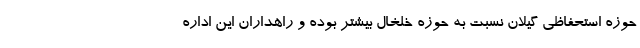
حوزه استحفاظی گیلان نسبت به حوزه خلخال بیشتر بوده و راهداران این اداره